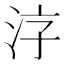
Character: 𱦂